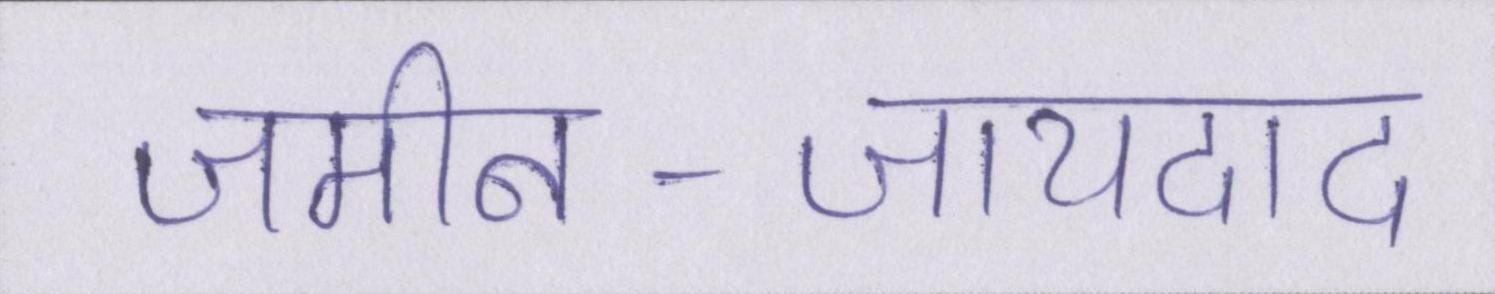
जमीन-जायदाद